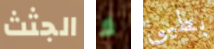
الجثث لا بطيئ